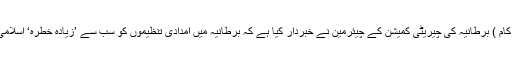
20اپریل ( سیاست ڈاٹ کام ) برطانیہ کی چیریٹی کمیشن کے چیئرمین نے خبردار کیا ہے کہ برطانیہ میں امدادی تنظیموں کو سب سے ’زیادہ خطرہ‘ اسلامی شدت پسندوں سے ہے۔